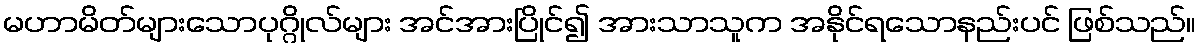
မဟာမိတ်များသောပုဂ္ဂိုလ်များ အင်အားပြိုင်၍ အားသာသူက အနိုင်ရသောနည်းပင် ဖြစ်သည်။